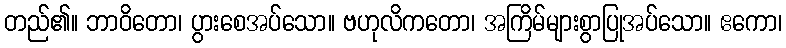
တည်၏။ ဘာဝိတော၊ ပွားစေအပ်သော။ ဗဟုလိကတော၊ အကြိမ်များစွာပြုအပ်သော။ ဧကော၊